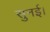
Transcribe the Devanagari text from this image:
सुनई।